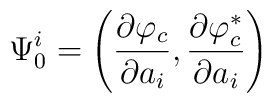
\Psi_0^i = \left(\frac{\partial\varphi_c}{\partial a_i},\frac{\partial\varphi_c^\ast}{\partial a_i} \right)